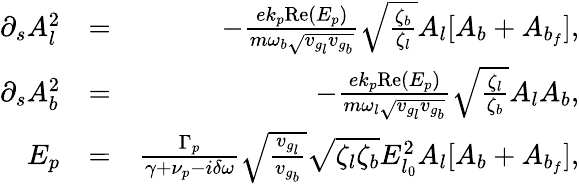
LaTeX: \begin{array}{rlr}{\partial_{s}A_{l}^{2}}&{=}&{-\frac{ek_{p}\mathrm{Re}(E_{p})}{m\omega_{b}\sqrt{v_{g_{l}}v_{g_{b}}}}\sqrt{\frac{\zeta_{b}}{\zeta_{l}}}A_{l}[A_{b}+A_{b_{f}}],}\\ {\partial_{s}A_{b}^{2}}&{=}&{-\frac{ek_{p}\mathrm{Re}(E_{p})}{m\omega_{l}\sqrt{v_{g_{l}}v_{g_{b}}}}\sqrt{\frac{\zeta_{l}}{\zeta_{b}}}A_{l}A_{b},}\\ {E_{p}}&{=}&{\frac{\Gamma_{p}}{\gamma+\nu_{p}-i\delta\omega}\sqrt{\frac{v_{g_{l}}}{v_{g_{b}}}}\sqrt{\zeta_{l}\zeta_{b}}E_{l_{0}}^{2}A_{l}[A_{b}+A_{b_{f}}],}\end{array}